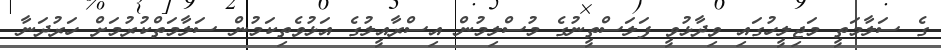
ގެ ސަލާމަތީ މަޖިލީހުގައި ވިދާޅުވީ ފަލަސްތީނުގެ މުސްލިމުން އިސްރާއީލުގެ އަޅުވެތިކަމުން ސަލާމަތްކުރުމަށް ހަރުދަނާ